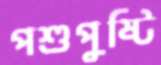
পশুপুষ্টি